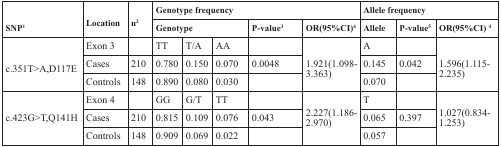
<table><thead><tr><td rowspan="2"><b>SNP<sup>1</sup></b></td><td rowspan="2"><b>Location</b></td><td rowspan="2"><b>n<sup>2</sup></b></td><td colspan="5"><b>Genotype frequency</b></td><td colspan="3"><b>Allele frequency</b></td></tr><tr><td colspan="3"><b>Genotype</b></td><td><b><i>P</i>-value<sup>3</sup></b></td><td><b>OR(95%CI)<sup>4</sup></b></td><td><b>Allele</b></td><td><b><i>P</i>-value<sup>5</sup></b></td><td><b>OR(95%CI) <sup>4</sup></b></td></tr></thead><tbody><tr><td rowspan="3">c.351T&gt;A,D117E</td><td>Exon 3</td><td></td><td>TT</td><td>T/A</td><td>AA</td><td></td><td rowspan="3">1.921(1.098-3.363)</td><td>A</td><td></td><td rowspan="3">1.596(1.115-2.235)</td></tr><tr><td>Cases</td><td>210</td><td>0.780</td><td>0.150</td><td>0.070</td><td>0.0048</td><td>0.145</td><td>0.042</td></tr><tr><td>Controls</td><td>148</td><td>0.890</td><td>0.080</td><td>0.030</td><td></td><td>0.070</td><td></td></tr><tr><td rowspan="3">c.423G&gt;T,Q141H</td><td>Exon 4</td><td></td><td>GG</td><td>G/T</td><td>TT</td><td></td><td rowspan="3">2.227(1.186-2.970)</td><td>T</td><td></td><td rowspan="3">1.027(0.834-1.253)</td></tr><tr><td>Cases</td><td>210</td><td>0.815</td><td>0.109</td><td>0.076</td><td>0.043</td><td>0.065</td><td>0.397</td></tr><tr><td>Controls</td><td>148</td><td>0.909</td><td>0.069</td><td>0.022</td><td></td><td>0.057</td><td></td></tr></tbody></table>